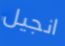
انجيل